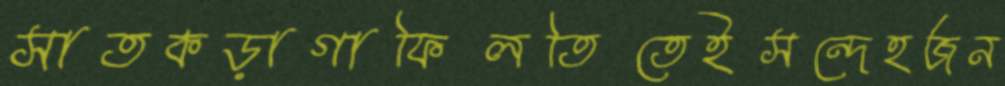
সাতকড়াগাফিলতিতেইসন্দেহজন